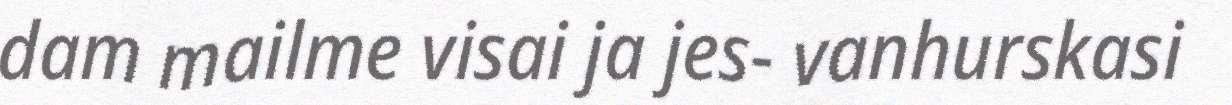
dam mailme visai ja jes- vanhurskasi